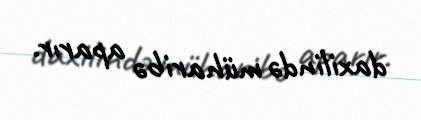
daxilində müharibə aparır.